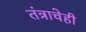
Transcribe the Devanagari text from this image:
तंत्राचेही